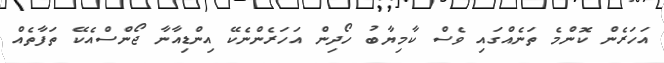
އަހަރެން ކޮންމެ ތަނެއްގައި ވެސް ކާމިޔާބު ހޯދިން އަހަރެންނެކޭ އިންޑިއާނާ ޖޯންސްއެކޭ ތަފާތެއް